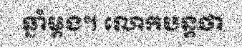
ឆ្នាំម្តង។ លោកបន្តថា